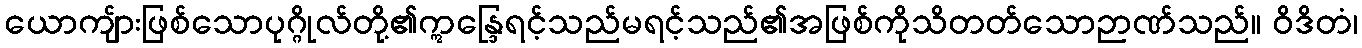
ယောကျ်ားဖြစ်သောပုဂ္ဂိုလ်တို့၏ဣန္ဒြေရင့်သည်မရင့်သည်၏အဖြစ်ကိုသိတတ်သောဉာဏ်သည်။ ဝိဒိတံ၊